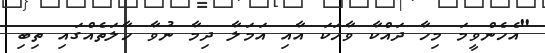
"އެހެންވީމަ މިހާ ދައްކާ ވާހަކަ އާއި އަމަލާ ދިމާ ނުވާ ހާލަތެއްގައި ތިބި